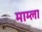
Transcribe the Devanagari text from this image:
माम्ला